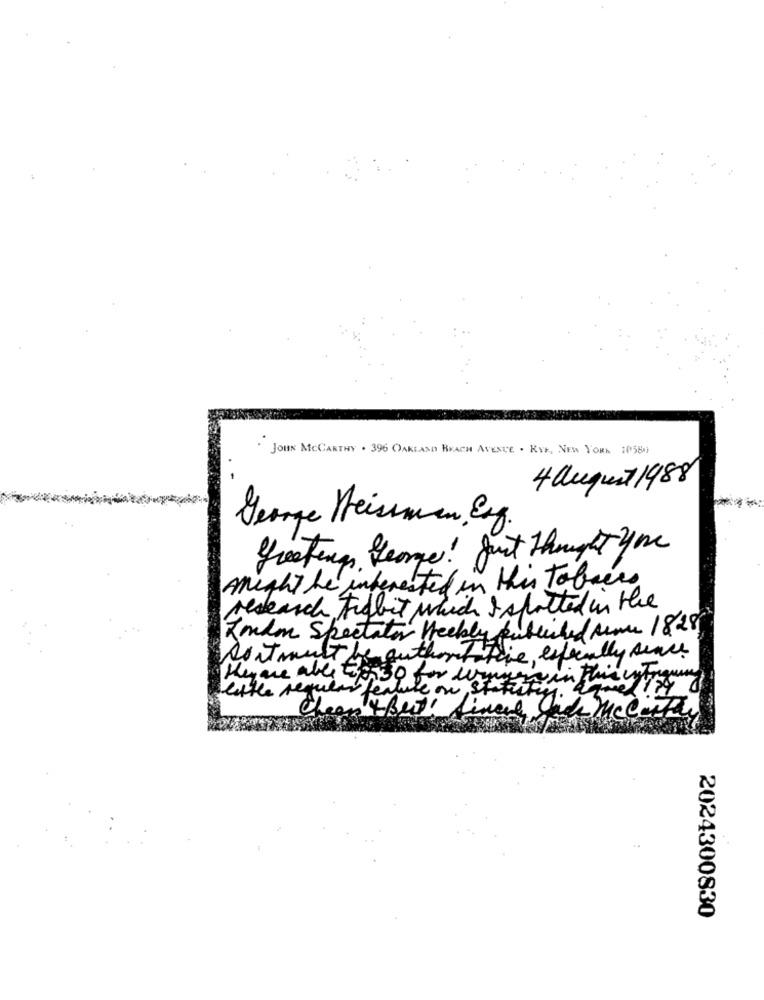
. JOHN MCCARTHY . 396 OAKLAND BEACH AVENUE . RYE, NEW YORK 16589
4 august 1988
George Heissen Eng.
Greetings, George! Just Thought you
Anight be interested in this tobacco
research Frebit which I spotted in the
Zmdm Spectator Weekly Published Menu 1828
Doitmust be authorities
tative, especially since
Heyare able topiso for wings
feature on stuffy in Thinly Forgun
little regular
Cheap + But! final Chile Mccarthy
2024300830